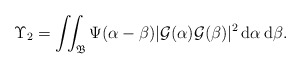
\begin{align*}\Upsilon_2=\iint_{\mathfrak B}\Psi(\alpha-\beta)|\mathcal G(\alpha)\mathcal G(\beta)|^2\,{\rm d}\alpha \, {\rm d}\beta .\end{align*}